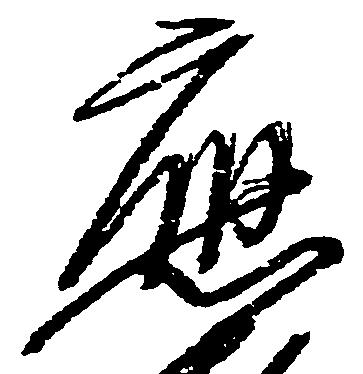
応